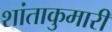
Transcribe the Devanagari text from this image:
शांताकुमारी